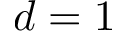
d = 1